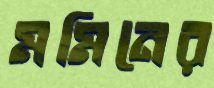
মমিনের